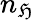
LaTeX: n_{\mathfrak{H}}